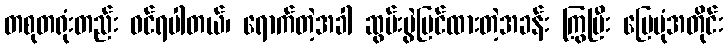
တစုတရုံးတည်း ဝင်ရပါတယ်၊ ရောက်တဲ့အခါ ဆွမ်းပွဲပြင်ထားတဲ့အခန်း ကြွပြီး မြေပုံအတိုင်း